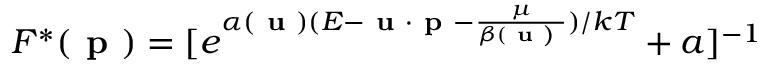
F ^ { * } ( \textbf { p } ) = [ e ^ { \alpha ( \textbf { u } ) ( E - \textbf { u } \cdot \textbf { p } - \frac { \mu } { \beta ( \textbf { u ) } } ) / k T } + a ] ^ { - 1 }